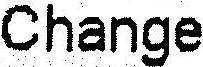
CHANGE